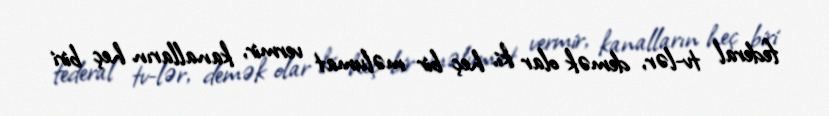
federal tv-lər, demək olar ki, heç bir məlumat vermir, kanalların heç biri